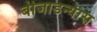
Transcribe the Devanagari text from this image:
बीजाडन्यास